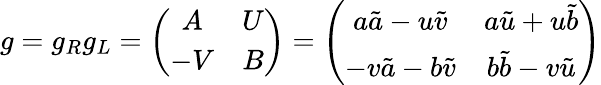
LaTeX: g=g_{R}g_{L}=\left(\begin{array}{cc}{{A}}&{{U}}\\ {{-V}}&{{B}}\end{array}\right)=\left(\begin{array}{cc}{{a\tilde{a}-u\tilde{v}}}&{{a\tilde{u}+u\tilde{b}}}\\ {{-v\tilde{a}-b\tilde{v}}}&{{b\tilde{b}-v\tilde{u}}}\end{array}\right)